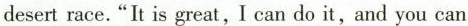
desert race."It is great,I can do it,and you can